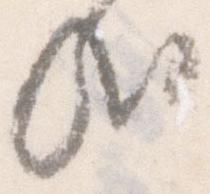
哉